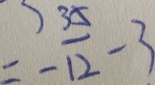
= - \frac { 3 5 } { 1 2 } - 3